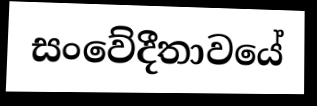
සංවේදීතාවයේ